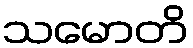
သမောတိ